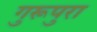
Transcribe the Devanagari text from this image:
गुरूपुरा